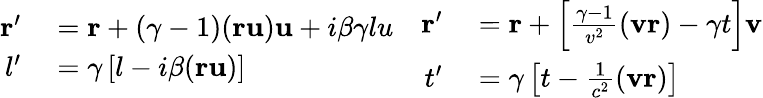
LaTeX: \begin{array}{cc}{{\begin{array}{rl}{\mathbf{r}^{\prime}}&{{}=\mathbf{r}+(\gamma-1)(\mathbf{ru})\mathbf{u}+i\beta\gamma lu}\\ {l^{\prime}}&{{}=\gamma\left[l-i\beta(\mathbf{ru})\right]}\end{array}}}&{{\begin{array}{rl}{\mathbf{r}^{\prime}}&{{}=\mathbf{r}+\left[{\frac{\gamma-1}{v^{2}}}(\mathbf{vr})-\gamma t\right]\mathbf{v}}\\ {t^{\prime}}&{{}=\gamma\left[t-{\frac{1}{c^{2}}}(\mathbf{vr})\right]}\end{array}}}\end{array}